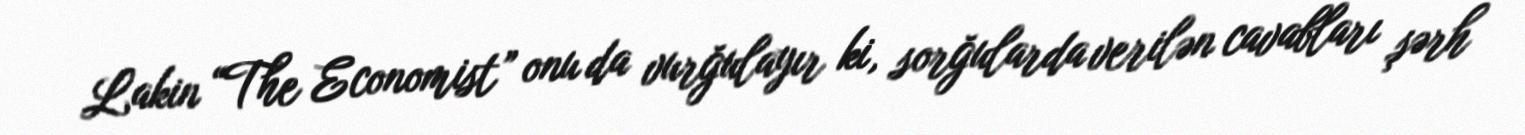
Lakin “The Economist” onu da vurğulayır ki, sorğularda verilən cavabları şərh